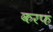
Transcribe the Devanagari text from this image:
करफ